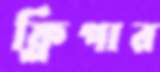
ফ্লিপার